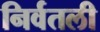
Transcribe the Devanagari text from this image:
निर्वतली